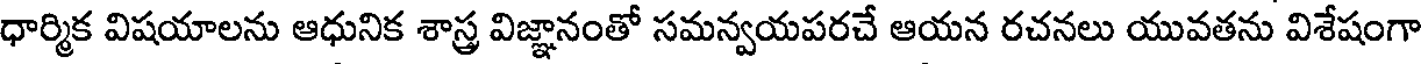
ధార్మిక విషయాలను ఆధునిక శాస్త్ర విజ్ఞానంతో సమన్వయపరచే ఆయన రచనలు యువతను విశేషంగా